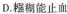
D.糨糊能止血